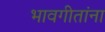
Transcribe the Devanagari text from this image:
भावगीतांना